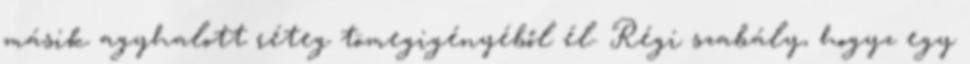
másik agyhalott réteg tömegigényéből él. Régi szabály, hogyz egy